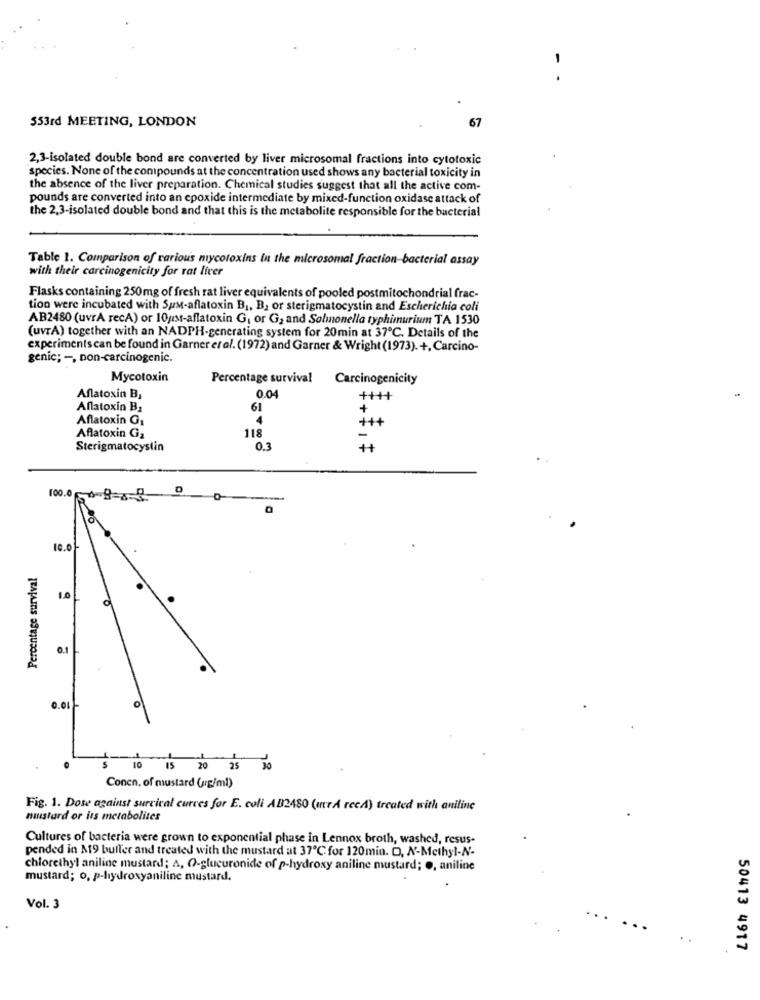
553rd MEETING, LONDON
67
2,3-isolated double bond are converted by liver microsomal fractions into cytotoxic
species. None of the compounds at the concentration used shows any bacterial toxicity in
the absence of the liver preparation. Chemical studies suggest that all the active com-
pounds are converted into an epoxide intermediate by mixed-function oxidase attack of
the 2,3-isolated double bond and that this is the metabolite responsible for the bacterial
Table 1. Comparison of various mycotoxins in the microsomal fraction-bacterial assay
with their carcinogenicity for rat liver
Flasks containing 250mg of fresh rat liver equivalents of pooled postmitochondrial frac-
tion were incubated with Sus-aflatoxin B1, B, or sterigmatocystin and Escherichia coli
AB2480 (uvrA recA) or 10/st-aflatoxin G, or G, and Salmonella typhimurium TA 1530
(uvrA) together with an NADPH-generating system for 20min at 37℃. Details of the
experiments can be found in Garner et al. (1972) and Garner & Wright (1973). +, Carcino-
genic; -, non-carcinogenic.
Mycotoxin
Percentage survival
Carcinogenicity
Aflatoxin B,
0.04
++++
Aflatoxin B2
61
Aflatoxin G1
4
Aflatoxin G2
118
Sterigmatocystin
0.3
100.085
19.01
Percentage survival
1.0
0.1
O
0.01}
10
15 20 25 30
Conen, of mustard (mg/ml)
Fig. 1. Dose against surcical curves for E. coli AB2480 (mrA recA) treated with aniline
mustard or its metabolites
Cultures of bacteria were grown to exponential phase in Lennox broth, washed, resus-
pended in 19 buller and treated with the mustard at 37℃ for 120min. O, N'-Methyl-N-
chlorethyl aniline mustard; A, O-glucuronide of p-hydroxy aniline mustard; ., aniline
mustard; o. p-hydroxyaniline mustard.
Vol. 3
50413 4917